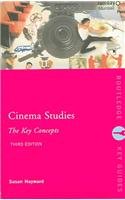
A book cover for Cinema Studies: The Key Concepts (Routledge Key Guides); Susan Hayward; Humor & Entertainment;